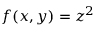
f ( x , y ) = z ^ { 2 }